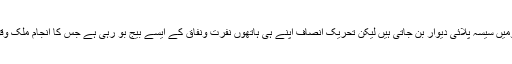
ایسے مخدوش حالات میں زندہ قومیں سیسہ پلائی دیوار بن جاتی ہیں لیکن تحریکِ انصاف اپنے ہی ہاتھوں نفرت ونفاق کے ایسے بیج بو رہی ہے جس کا انجام ملک وقوم کے لیے نہ حکومت کے لیے۔